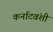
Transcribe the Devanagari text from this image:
कर्नाटवंशी